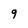
Character: 9